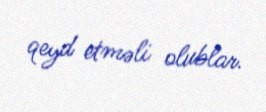
qeyd etməli olublar.